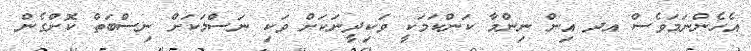
އެހެންނަމަވެސް އދ އިން ނިންމާ ކަންކަމަކީ ވަކިދީނަކަށް ވަކި ނަސްލަކަށް ނިސްބަތް ކޮށްގެން